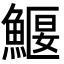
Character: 鰋